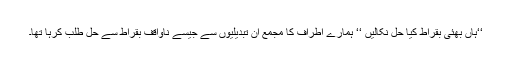
‘‘ہاں بھئی بقراط کیا حل نکالیں ‘‘ ہمارے اطراف کا مجمع ان تبدیلیوں سے جیسے ناواقف بقراط سے حل طلب کرہا تھا۔